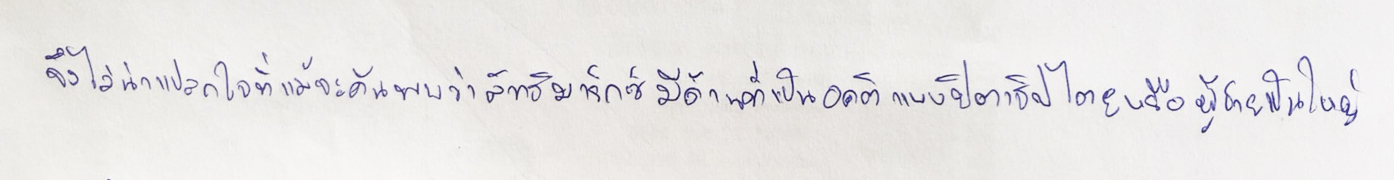
จึงไม่น่าแปลกใจที่แม้จะค้นพบว่าลัทธิมาร์กซ์มีด้านที่เป็นอคติแบบปิตาธิปไตยหรือผู้ชายเป็นใหญ่